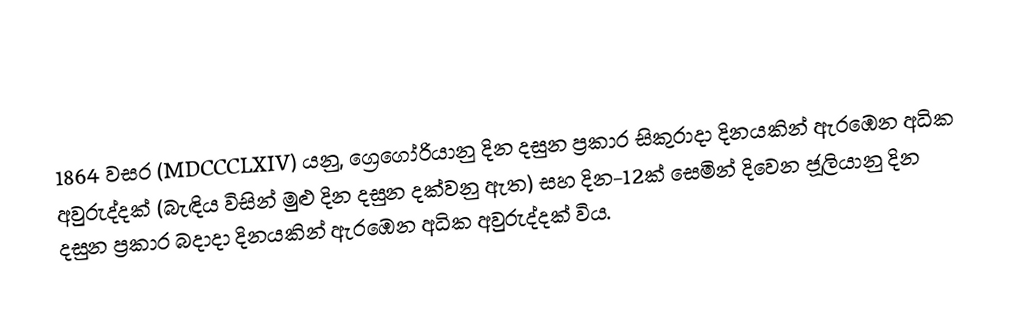

1864  වසර (MDCCCLXIV) යනු, ග්‍රෙගෝරියානු දින දසුන ප්‍රකාර   සිකුරාදා දිනයකින් ඇරඹෙන අධික අවුරුද්දක් (බැඳිය විසින් මුළු දින දසුන දක්වනු ඇත) සහ  දින-12ක් සෙමින් දිවෙන ජූලියානු දින දසුන ප්‍රකාර  බදාදා දිනයකින් ඇරඹෙන අධික අවුරුද්දක් විය.